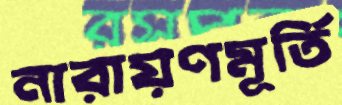
নারায়ণমূর্তি